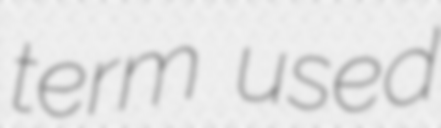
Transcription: term used